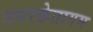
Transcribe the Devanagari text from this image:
नगरक्रेतागम